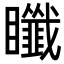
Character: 𥍀